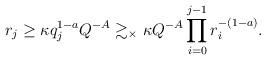
LaTeX: \begin{align*}r_j \geq \kappa q_j^{1 - a} Q^{-A} \gtrsim_\times \kappa Q^{-A} \prod_{i = 0}^{j - 1} r_i^{-(1 - a)}.\end{align*}